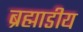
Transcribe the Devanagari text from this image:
ब्रह्माडीय